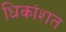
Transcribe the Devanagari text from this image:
धिकांशत